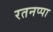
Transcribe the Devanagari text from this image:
रतनप्पा